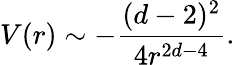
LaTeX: V(r)\sim-\frac{(d-2)^{2}}{4r^{2d-4}}.